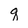
Character: q